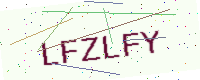
Text: LFZLFY